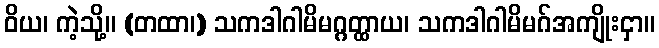
ဝိယ၊ ကဲ့သို့။ (တထာ၊) သကဒါဂါမိမဂ္ဂတ္ထာယ၊ သကဒါဂါမိမဂ်အကျိုးငှာ။